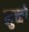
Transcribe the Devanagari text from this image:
लुच्चों